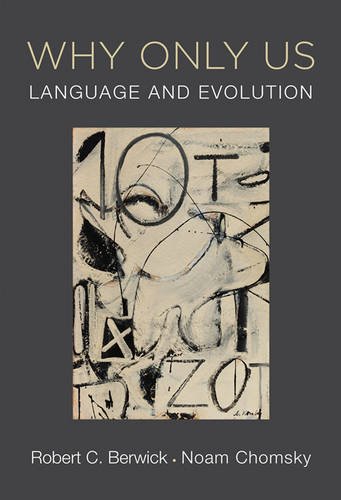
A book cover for Why Only Us: Language and Evolution; Robert C. Berwick; Politics & Social Sciences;